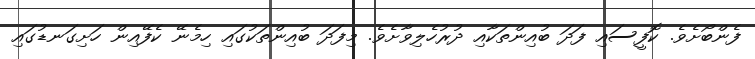
ފެންބޯށެވެ. ކޮފީސައި ފަދަ ބުއިންތަކާއި ދުރުހެލިވާށެވެ. މިފަދަ ބުއިންތަކުގައި ހިމެނޭ ކެފޭއިން ހަށިގަނޑުގައި